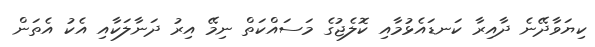
ކިޔަވާދޭނެ ދާއިރާ ކަނޑައެޅުމާއި ކޮލެޖުގެ މަސައްކަތް ނިމޭ އިރު ދަނާލަކާއި އެކު އެތަން